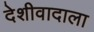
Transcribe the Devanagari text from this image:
देशीवादाला